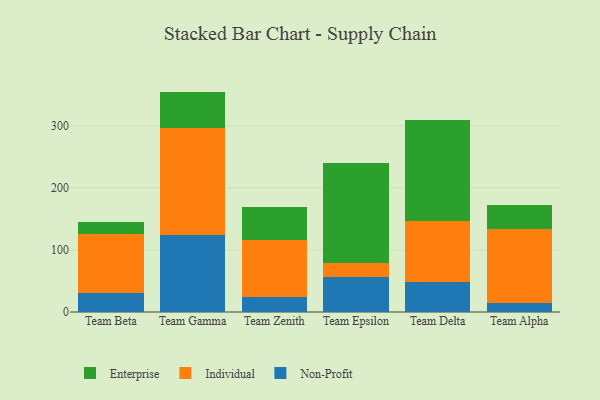
{"axis": {"x": "Team", "y": "Revenue (USD Million)"}, "legend": ["Enterprise", "Individual", "Non-Profit"], "data": [{"x": "Team Beta", "y": 30.6, "type": "Non-Profit"}, {"x": "Team Beta", "y": 94.6, "type": "Individual"}, {"x": "Team Beta", "y": 20.3, "type": "Enterprise"}, {"x": "Team Gamma", "y": 123.9, "type": "Non-Profit"}, {"x": "Team Gamma", "y": 172.5, "type": "Individual"}, {"x": "Team Gamma", "y": 58.5, "type": "Enterprise"}, {"x": "Team Zenith", "y": 23.5, "type": "Non-Profit"}, {"x": "Team Zenith", "y": 93.1, "type": "Individual"}, {"x": "Team Zenith", "y": 51.8, "type": "Enterprise"}, {"x": "Team Epsilon", "y": 55.6, "type": "Non-Profit"}, {"x": "Team Epsilon", "y": 23.6, "type": "Individual"}, {"x": "Team Epsilon", "y": 161.1, "type": "Enterprise"}, {"x": "Team Delta", "y": 48.7, "type": "Non-Profit"}, {"x": "Team Delta", "y": 97.8, "type": "Individual"}, {"x": "Team Delta", "y": 162.1, "type": "Enterprise"}, {"x": "Team Alpha", "y": 14.0, "type": "Non-Profit"}, {"x": "Team Alpha", "y": 119.4, "type": "Individual"}, {"x": "Team Alpha", "y": 38.5, "type": "Enterprise"}]}